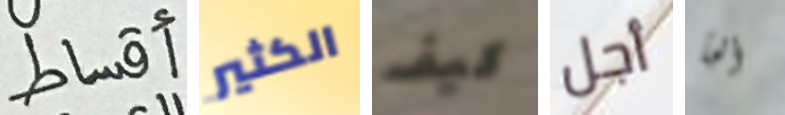
أقساط الكثير كيف أجل ألجأ